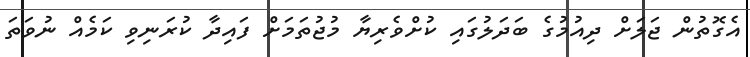
އެގޮތުން ޖަލަށް ދިއުމުގެ ބަދަލުގައި ކުށްވެރިޔާ މުޖުތަމަށް ފައިދާ ކުރަނިވި ކަމެއް ނުވަތަ